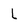
Character: l